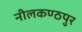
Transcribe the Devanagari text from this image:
नीलकण्ठपुर